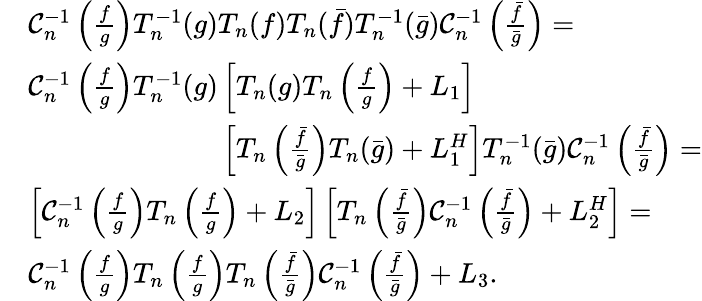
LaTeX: \begin{array}{rl}&{\mathcal{C}_{n}^{-1}\left(\frac{f}{g}\right)T_{n}^{-1}(g)T_{n}(f)T_{n}(\bar{f})T_{n}^{-1}(\bar{g})\mathcal{C}_{n}^{-1}\left(\frac{\bar{f}}{\bar{g}}\right)=}\\ &{\mathcal{C}_{n}^{-1}\left(\frac{f}{g}\right)T_{n}^{-1}(g)\left[T_{n}(g)T_{n}\left(\frac{f}{g}\right)+L_{1}\right]}\\ &{\phantom{\mathcal{C}_{n}^{-1}\left(\frac{f}{g}\right)T_{n}^{-1}(g)}\left[T_{n}\left(\frac{\bar{f}}{\bar{g}}\right)T_{n}(\bar{g})+L_{1}^{H}\right]T_{n}^{-1}(\bar{g})\mathcal{C}_{n}^{-1}\left(\frac{\bar{f}}{\bar{g}}\right)=}\\ &{\left[\mathcal{C}_{n}^{-1}\left(\frac{f}{g}\right)T_{n}\left(\frac{f}{g}\right)+L_{2}\right]\left[T_{n}\left(\frac{\bar{f}}{\bar{g}}\right)\mathcal{C}_{n}^{-1}\left(\frac{\bar{f}}{\bar{g}}\right)+L_{2}^{H}\right]=}\\ &{\mathcal{C}_{n}^{-1}\left(\frac{f}{g}\right)T_{n}\left(\frac{f}{g}\right)T_{n}\left(\frac{\bar{f}}{\bar{g}}\right)\mathcal{C}_{n}^{-1}\left(\frac{\bar{f}}{\bar{g}}\right)+L_{3}.}\end{array}